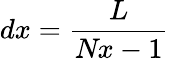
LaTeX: \textit{dx}=\frac{\textit{L}}{\textit{Nx}-1}